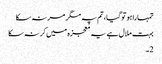
تمہارا ہو تو گیا، تم پہ مگر مر نہ سکا
بہت ملال ہے یہ معجزہ میں کر نہ سکا
2۔